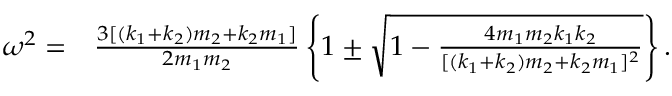
\begin{array} { r l } { \omega ^ { 2 } = } & { { } \frac { 3 [ ( k _ { 1 } + k _ { 2 } ) m _ { 2 } + k _ { 2 } m _ { 1 } ] } { 2 m _ { 1 } m _ { 2 } } \left\{ 1 \pm \sqrt { 1 - \frac { 4 m _ { 1 } m _ { 2 } k _ { 1 } k _ { 2 } } { [ ( k _ { 1 } + k _ { 2 } ) m _ { 2 } + k _ { 2 } m _ { 1 } ] ^ { 2 } } } \right\} . } \end{array}